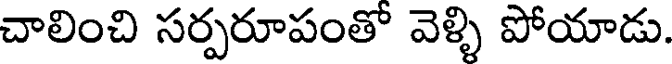
చాలించి సర్పరూపంతో వెళ్ళి పోయాడు.